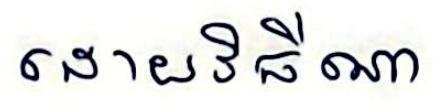
ដោយវិធីណា